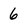
Character: 6